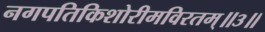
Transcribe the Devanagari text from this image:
नगपतिकिशोरीमविरतम्॥३॥